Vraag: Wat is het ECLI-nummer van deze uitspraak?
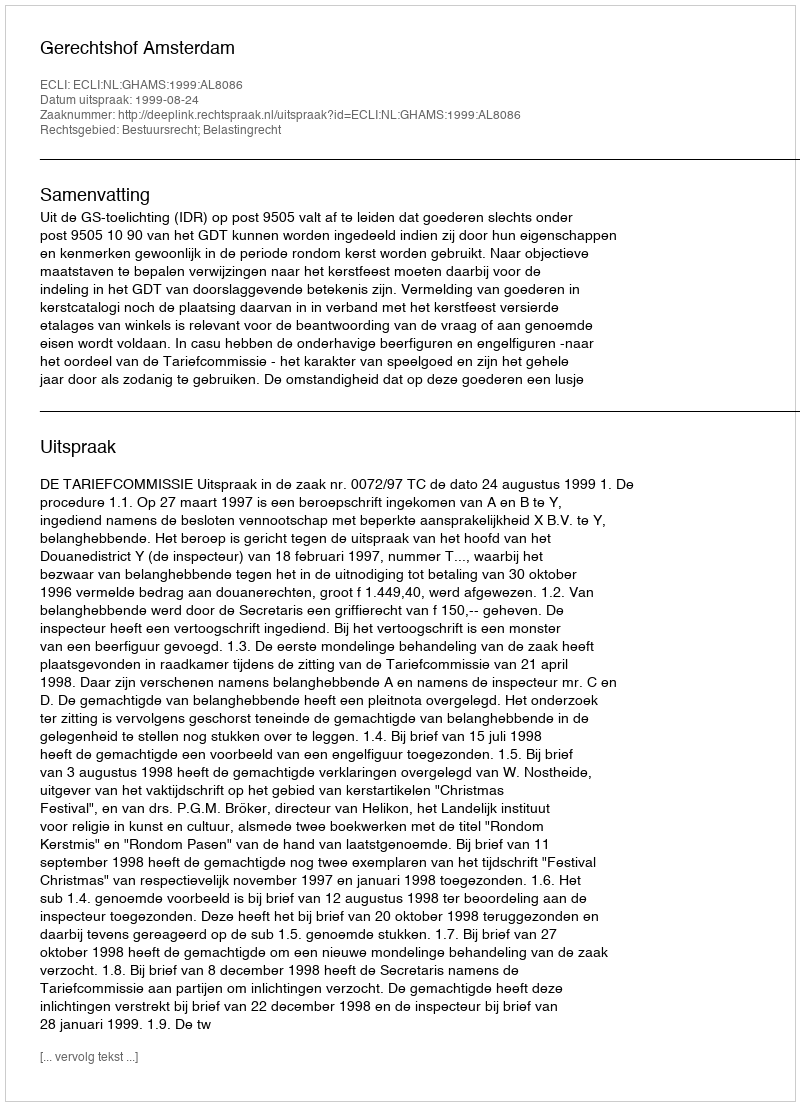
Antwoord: ECLI:NL:GHAMS:1999:AL8086